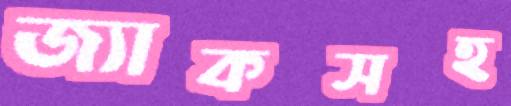
জ্যাকসহ